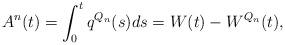
LaTeX: \begin{align*}A^n(t) = \int_0^t q^{Q_n}(s)ds = W(t) - W^{Q_n}(t),\end{align*}